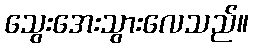
သွေးအေးသွားလေသည်။